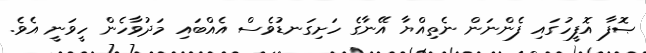
ޞޮފާ އޮފީހުގައި ފެންނަން ނެތިއްޔާ އޭނާގެ ހަށިގަނޑުވެސް އެއްބައި މަދުވާހެން ހީވަނީ އެވެ.